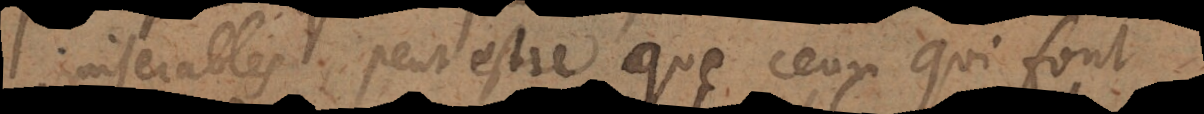
miserables, peut estre que ceux qui font